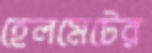
হেলমেটের